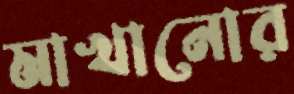
মাখানোর